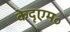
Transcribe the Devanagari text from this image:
केदृएम॰